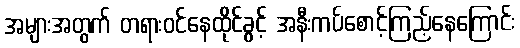
အများအတွက် တရားဝင်နေထိုင်ခွင့် အနီးကပ်စောင့်ကြည့်နေကြောင်း